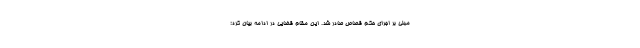
مبنی بر اجرای حکم قصاص صادر شد. این مقام قضایی در ادامه بیان کرد: